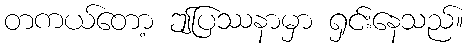
တကယ်တော့ ဤပြဿနာမှာ ရှင်းနေသည်။